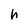
Character: h